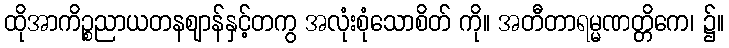
ထိုအာကိဉ္စညာယတနဈာန်နှင့်တကွ အလုံးစုံသောစိတ် ကို။ အတီတာရမ္မဏတ္တိကေ၊ ၌။